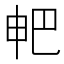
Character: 𤰷